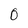
Character: 0